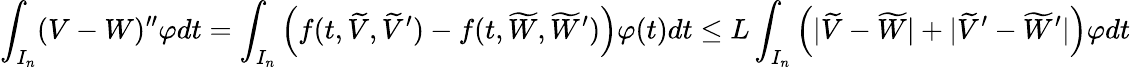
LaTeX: \displaystyle\int_{I_{n}}(V-W)^{\prime\prime}\varphi dt=\displaystyle\int_{I_{n}}\left(f(t,\widetilde{V},\widetilde{V}^{\prime})-f(t,\widetilde{W},\widetilde{W}^{\prime})\right)\varphi(t)dt\le L\displaystyle\int_{I_{n}}\Big(|\widetilde{V}-\widetilde{W}|+|\widetilde{V}^{\prime}-\widetilde{W}^{\prime}|\Big)\varphi dt